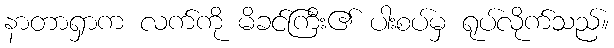
နာတာရှာက လက်ကို မိခင်ကြီး၏ ပါးစပ်မှ ရုပ်လိုက်သည်။